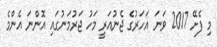
މި ފެށޭ 2017 ވަނަ އަހަރުގެ ޖެނުއަރީ މަހު ޖަރުމަނުގައި އޮންނަ އެންމެ